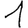
Digit: 1